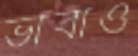
ভাবাও